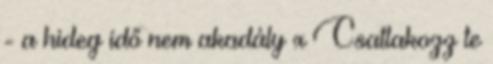
- a hideg idő nem akadály x Csatlakozz te